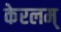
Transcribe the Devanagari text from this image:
केरलम्